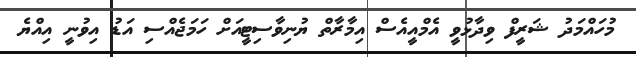
މުހައްމަދު ޝަރީފް ވިދާޅުވީ އެމްއީއެސް އިމާރާތް ޔުނިވާސިޓީއަށް ހަމަޖެއްސި އަޑު އިވުނީ އިއްޔެ